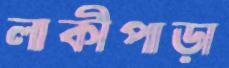
লাকীপাড়া